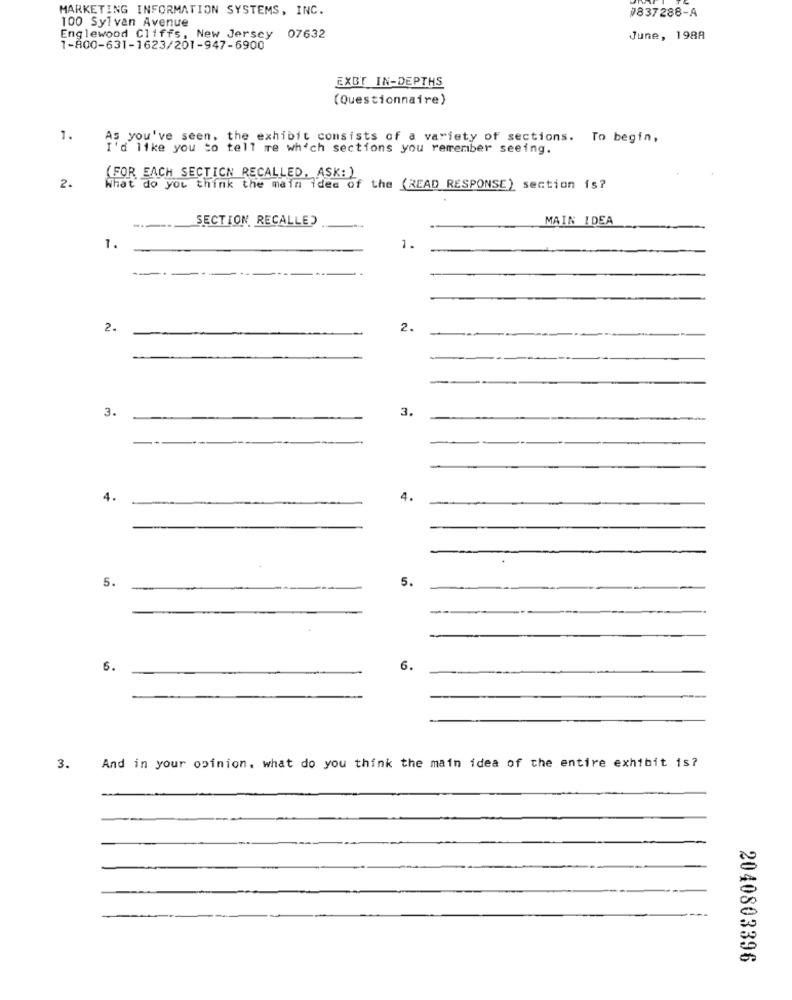
MARKETING INFORMATION SYSTEMS, INC.
#837288-A
100 Sylvan Avenue
Englewood Cliffs, New Jersey 07632
June, 1988
1-800-631-1623/201-947-6900
EXGT IN-DEPTHS
(Questionnaire)
1.
As you've seen, the exhibit consists of a variety of sections. To begin,
I'd like you to tell me which sections you remember seeing.
2.
(FOR EACH SECTION RECALLED, ASK: )
What do you think the main idea of the (READ RESPONSE) section is?
SECTION RECALLE?
MAIN IDEA
1.
1.
---
-
2.
2.
3.
3.
4.
4.
5.
5.
6.
6.
And in your opinion, what do you think the main idea of the entire exhibit is?
3.
2040803396